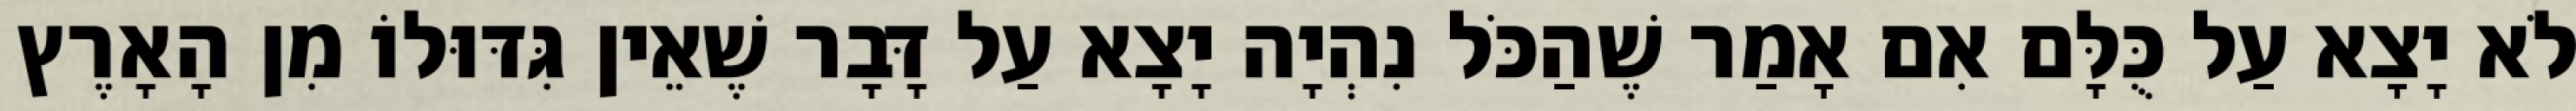
לֹא יָצָא עַל כֻּלָּם אִם אָמַר שֶׁהַכֹּל נִהְיָה יָצָא עַל דָּבָר שֶׁאֵין גִּדּוּלוֹ מִן הָאָרֶץ